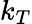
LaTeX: k_{T}